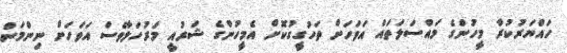
ހައްޔަރުކުރާ މީހުންގެ މައްސަލަތައް އަވަހަށް ތަހުގީގުކޮށް އެމީހުންގެ ޝަރުއީ މަރުހަލާވެސް އަވަހަށް ނިންމަން